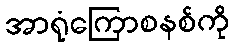
အာရုံကြောစနစ်ကို